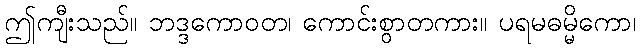
ဤကျီးသည်။ ဘဒ္ဒကောဝတ၊ ကောင်းစွာတကား။ ပရမဓမ္မိကော၊